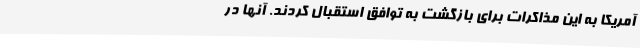
آمریکا به این مذاکرات برای بازگشت به توافق استقبال کردند. آنها در